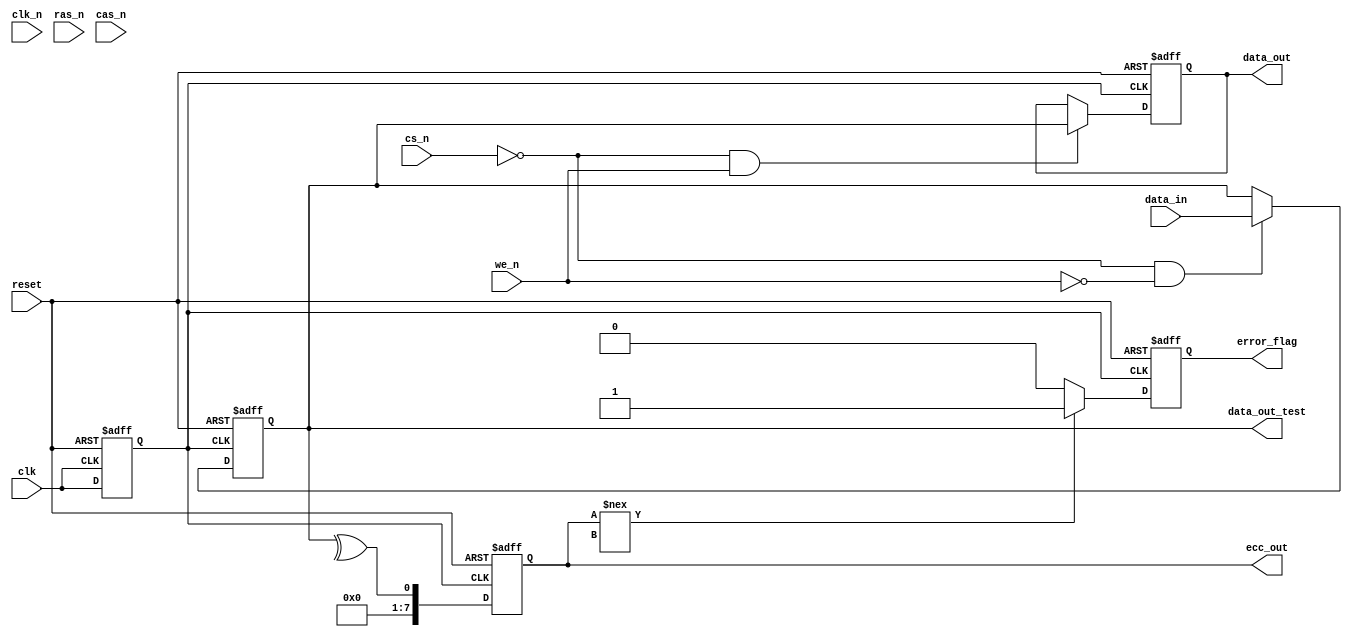
module gddr5x_io_block (
    input wire [63:0] data_in,       // Data input (64-bit)
    output wire [63:0] data_out,     // Data output (64-bit)
    input wire clk,                   // Differential Clock (CK)
    input wire clk_n,                 // Differential Clock (CK#)
    input wire cs_n,                  // Chip Select (CS#)
    input wire ras_n,                 // Row Address Strobe (RAS#)
    input wire cas_n,                 // Column Address Strobe (CAS#)
    input wire we_n,                  // Write Enable (WE#)
    output wire error_flag,           // Error Flag
    input wire reset,                 // Asynchronous reset
    output wire [63:0] data_out_test, // Test output for BIST
    output wire [7:0] ecc_out         // Error Correction Code output
);

// Parameters
parameter DATA_WIDTH = 64;          // Data bus width
parameter ADDR_WIDTH = 32;          // Address width
parameter ECC_WIDTH = 8;            // ECC width

// Internal signals
reg [DATA_WIDTH-1:0] data_buffer;   // Buffer for input data
reg [DATA_WIDTH-1:0] data_out_reg;   // Register for output data
reg error_detected;                  // Error detection flag
reg [ECC_WIDTH-1:0] ecc_reg;         // Error correction code register
reg clk_sync;                        // Synchronized clock signal

// Clock management: Clock synchronization
always @(posedge clk or negedge reset) begin
    if (!reset) begin
        clk_sync <= 1'b0;
    end else begin
        clk_sync <= clk; // Synchronize the clock
    end
end

// Data input buffer
always @(posedge clk_sync or negedge reset) begin
    if (!reset) begin
        data_buffer <= 0;
    end else if (!cs_n && !we_n) begin // Write operation
        data_buffer <= data_in; // Capture incoming data
    end
end

// Output data logic
always @(posedge clk_sync or negedge reset) begin
    if (!reset) begin
        data_out_reg <= 0;
    end else if (!cs_n && we_n) begin // Read operation
        data_out_reg <= data_buffer; // Output the buffered data
    end
end

// Error handling (simplified example)
always @(posedge clk_sync or negedge reset) begin
    if (!reset) begin
        error_detected <= 1'b0;
        ecc_reg <= 0;
    end else begin
        // Simulate ECC generation (simple parity for illustration)
        ecc_reg <= ^data_buffer;  // Generate simple parity as ECC
        // Error detection logic (for demonstration)
        if (ecc_reg !== expected_ecc) begin
            error_detected <= 1'b1; // Set error flag if mismatch
        end else begin
            error_detected <= 1'b0; // Clear error flag if match
        end
    end
end

// Assign outputs
assign data_out = data_out_reg;
assign error_flag = error_detected;
assign data_out_test = data_buffer; // For BIST purposes
assign ecc_out = ecc_reg;           // Output ECC

endmodule